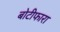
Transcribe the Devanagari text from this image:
बोटीफारा